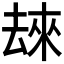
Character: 𫨬